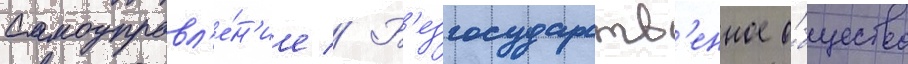
Самоуправл'е́н'ие // Б'езгосударств'енное о́бщество